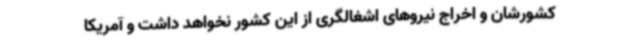
کشورشان و اخراج نیروهای اشغالگری از این کشور نخواهد داشت و آمریکا